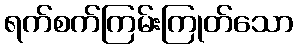
ရက်စက်ကြမ်းကြုတ်သော